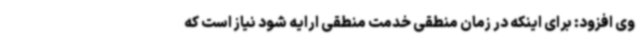
وی افزود: برای اینکه در زمان منطقی خدمت منطقی ارایه شود نیاز است که